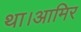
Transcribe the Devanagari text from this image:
था।आमिर